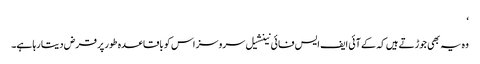
‘
وہ یہ بھی جوڑتے ہیں کہ کے آئی ایف ایس فائی نینشیل سروسز اس کو باقاعدہ طور پر قرض دیتا رہا ہے۔